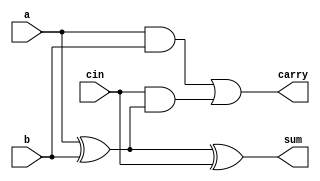
module full_adder (
    input wire a,        
    input wire b,        
    input wire cin,      
    output wire sum,     
    output wire carry 
);

    assign sum = a ^ b ^ cin;    // Sum is the XOR of a, b, and carry-in
    assign carry = (a & b) | (cin & (a ^ b)); // Carry-out is calculated

endmodule

module add_sub(
    input [3:0] a,
    input [3:0] b,
    input ctr,
    output [3:0] sum,
    output carry
);

    wire [3:0] b_xor;
    wire [3:0] carry_internal;

    
  assign b_xor = b ^ {4{ctr}};// if the ctr is "0" then the output is addition of 4 bit  if its been a ctr =1 then output is subtraction

    
    full_adder fa0(
        .a(a[0]), 
        .b(b_xor[0]), 
        .cin(ctr), 
        .sum(sum[0]), 
        .carry(carry_internal[0])
    );

    
    genvar i;
    generate
        for (i = 1; i < 4; i = i + 1) begin : gen_full_adders
            full_adder fa(
                .a(a[i]),
                .b(b_xor[i]),
                .cin(carry_internal[i-1]),
                .sum(sum[i]),
                .carry(carry_internal[i])
            );
        end
    endgenerate

    // Final carry-out
    assign carry = carry_internal[3];

endmodule




// Code your testbench here
// or browse Examples
module add_sub_tb;

reg [3:0] a, b;
reg ctr;
wire [3:0] sum;
wire carry;

add_sub uut (.a(a), .b(b), .ctr(ctr), .sum(sum), .carry(carry));

initial begin
  $dumpfile("add_sub.vcd");
  $dumpvars(0, add_sub_tb);

  a = 4; b = 2; ctr = 0; #10;
  a = 7; b = 5; ctr = 0; #10;
  a = 9; b = 1; ctr = 1; #10;
  a = 12; b = 8; ctr = 1; #10;
  $finish;
end

always @(*) begin
  $display("a = %b, b = %b, ctr = %b, sum = %b, carry = %b", a, b, ctr, sum, carry);
end

endmodule